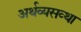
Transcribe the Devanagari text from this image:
अर्थव्यसव्था